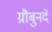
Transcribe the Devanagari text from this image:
ग्रौबुनदें